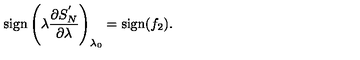
\mathrm { s i g n } \left( \lambda { \frac { \partial S _ { N } ^ { ' } } { \partial \lambda } } \right) _ { \lambda _ { 0 } } = \mathrm { s i g n } ( f _ { 2 } ) .